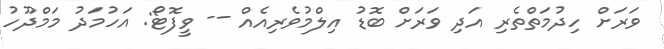
ވަރަށް ހިދުމަތްތެރި އަދި ވަރަށް ބޮޑު އިލްމުވެރިއެއް -- ވީފޮޓޯ: އަހުމަދު މަމްދޫހު